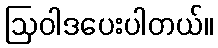
ဩဝါဒပေးပါတယ်။